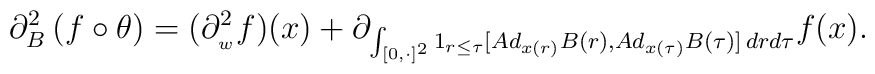
\partial _{B}^{2}\left( f\circ \theta \right) =(\partial_{_{w}}^{2}f)(x)+\partial _{\int_{\lbrack 0,\cdot ]^{2}}1_{r\leq \tau}[Ad_{x(r)}B(r),Ad_{x(\tau )}B(\tau )]\,drd\tau }f(x).